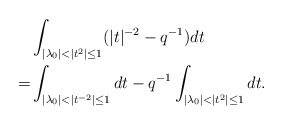
\begin{align*}&\int_{|\lambda_0|< |t^2|\leq1}(|t|^{-2}-q^{-1})dt\\=& \int_{ |\lambda_0|< |t^{-2}|\leq1} dt-q^{-1} \int_{ |\lambda_0|< |t^2|\leq1 }dt.\end{align*}